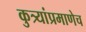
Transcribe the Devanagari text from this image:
कुत्र्यांप्रमाणेच